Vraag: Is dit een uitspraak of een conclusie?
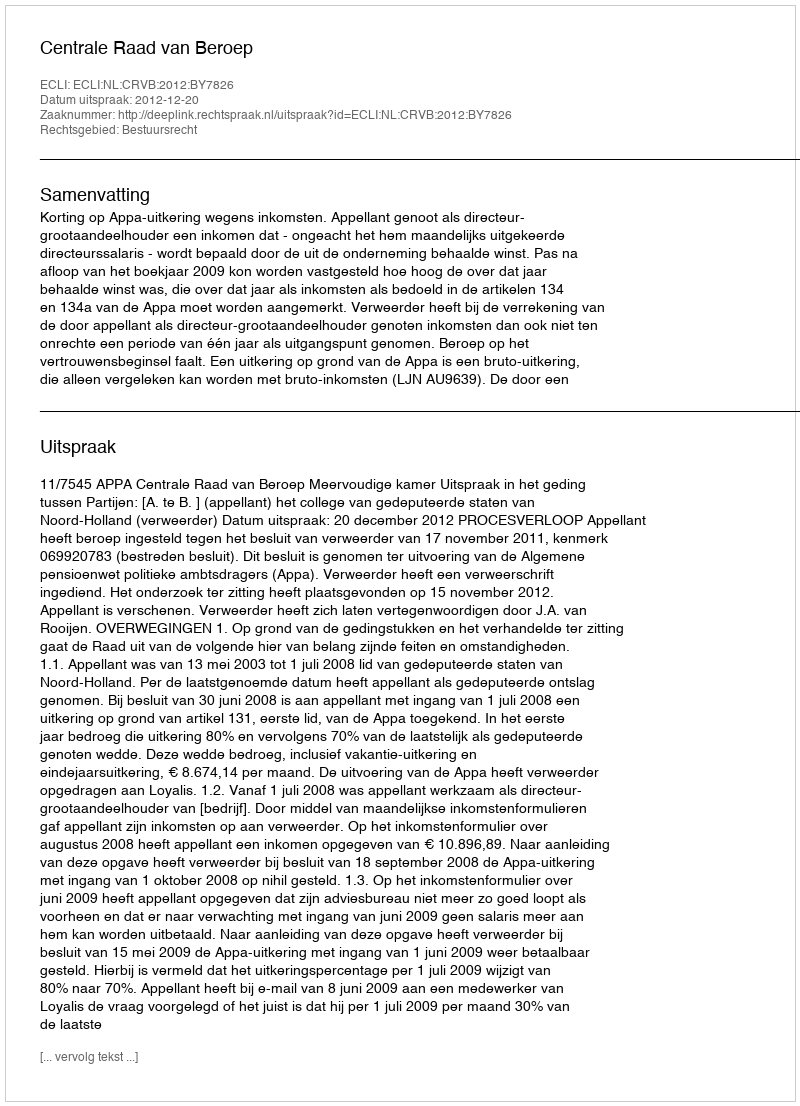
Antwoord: Uitspraak